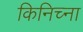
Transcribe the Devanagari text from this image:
किनिच्ना